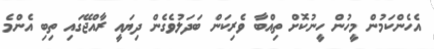
އެހެންކަމުން މީހުން ހީނުކޮށް ތިއްބާ ވެރިކަން ބަދަލުވެގެން ދިޔައީ ރާއްޖޭގައި ތިބި އެންމެ